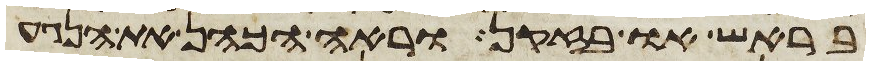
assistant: בראש או בזקן וראה הכהן את הנגע